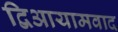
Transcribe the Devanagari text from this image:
द्विआयामवाद